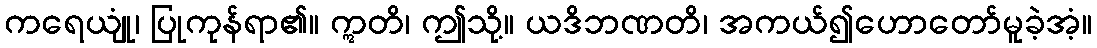
ကရေယျုံ၊ ပြုကုန်ရာ၏။ ဣတိ၊ ဤသို့။ ယဒိဘဏတိ၊ အကယ်၍ဟောတော်မူခဲ့အံ့။